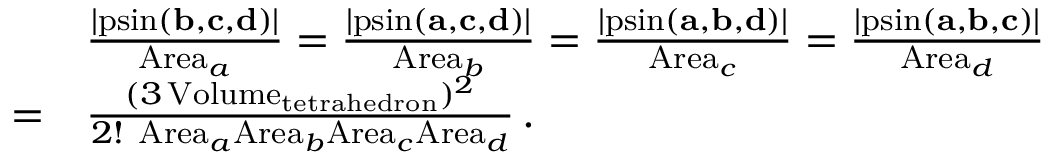
{ \begin{array} { r l } & { { \frac { \left| \operatorname { p s i n } ( \mathbf { b } , \mathbf { c } , \mathbf { d } ) \right| } { \mathrm { A r e a } _ { a } } } = { \frac { \left| \operatorname { p s i n } ( \mathbf { a } , \mathbf { c } , \mathbf { d } ) \right| } { \mathrm { A r e a } _ { b } } } = { \frac { \left| \operatorname { p s i n } ( \mathbf { a } , \mathbf { b } , \mathbf { d } ) \right| } { \mathrm { A r e a } _ { c } } } = { \frac { \left| \operatorname { p s i n } ( \mathbf { a } , \mathbf { b } , \mathbf { c } ) \right| } { \mathrm { A r e a } _ { d } } } } \\ { = } & { { \frac { ( 3 \operatorname { V o l u m e } _ { \mathrm { t e t r a h e d r o n } } ) ^ { 2 } } { 2 ! ~ \mathrm { A r e a } _ { a } \mathrm { A r e a } _ { b } \mathrm { A r e a } _ { c } \mathrm { A r e a } _ { d } } } \, . } \end{array} }